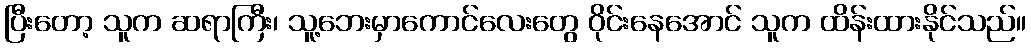
ပြီးတော့ သူက ဆရာကြီး၊ သူ့ဘေးမှာကောင်လေးတွေ ဝိုင်းနေအောင် သူက ထိန်းထားနိုင်သည်။